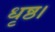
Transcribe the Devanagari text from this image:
धृष्ठ।